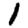
Digit: 1